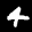
Label: 4